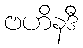
ဗဟိနဒီ